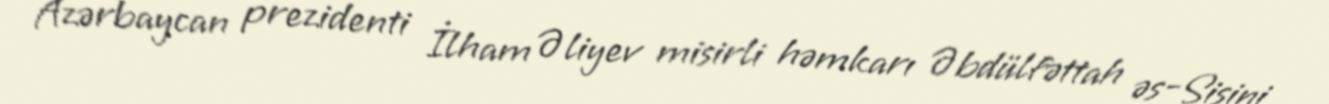
Azərbaycan prezidenti İlham Əliyev misirli həmkarı Əbdülfəttah əs-Sisini